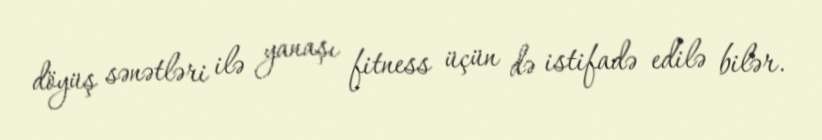
döyüş sənətləri ilə yanaşı fitness üçün də istifadə edilə bilər.